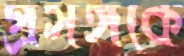
প্রসঙ্গকে